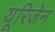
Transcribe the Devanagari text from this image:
यूरिजेन